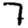
Digit: 7